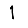
Digit: 1